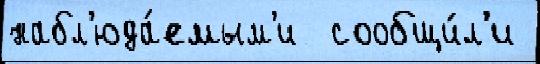
набл'юда́емым'и  сообщи́л'и